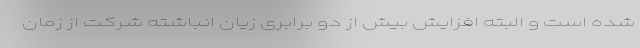
شده است و البته افزایش بیش از دو برابری زیان انباشته شرکت از زمان